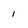
Character: 1